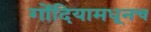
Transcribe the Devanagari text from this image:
गोंदियामधूनच